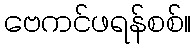
ဗေကင်ဖရန်စစ်။